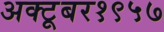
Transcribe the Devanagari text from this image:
अक्टूबर१९५७